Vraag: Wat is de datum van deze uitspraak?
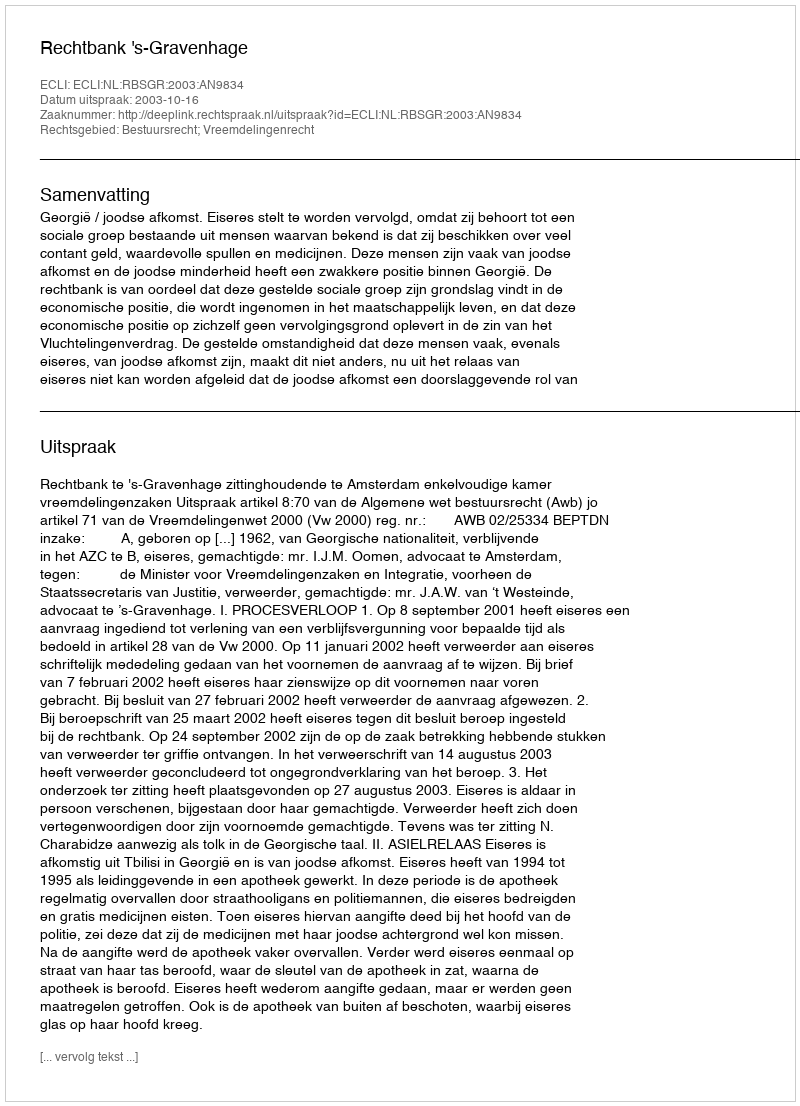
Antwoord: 2003-10-16